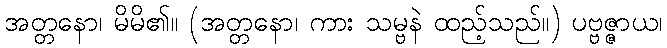
အတ္တနော၊ မိမိ၏။ (အတ္တနော၊ ကား သမ္ဗနဲ ထည့်သည်။) ပဗ္ဗဇ္ဇာယ၊